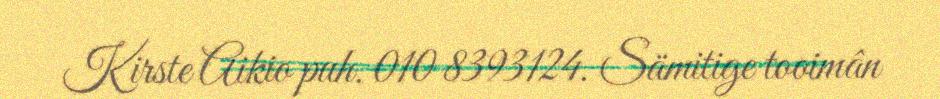
Kirste Aikio puh. 010 8393124. Sämitige tooimân